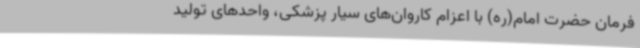
فرمان حضرت امام(ره) با اعزام کاروان‌های سیار پزشکی، واحدهای تولید